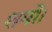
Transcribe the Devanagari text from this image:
शमों।